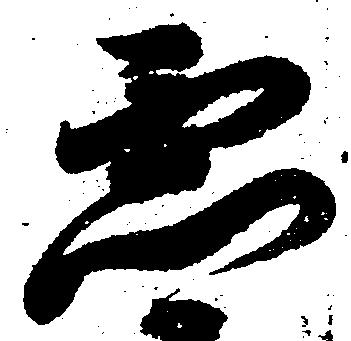
虚